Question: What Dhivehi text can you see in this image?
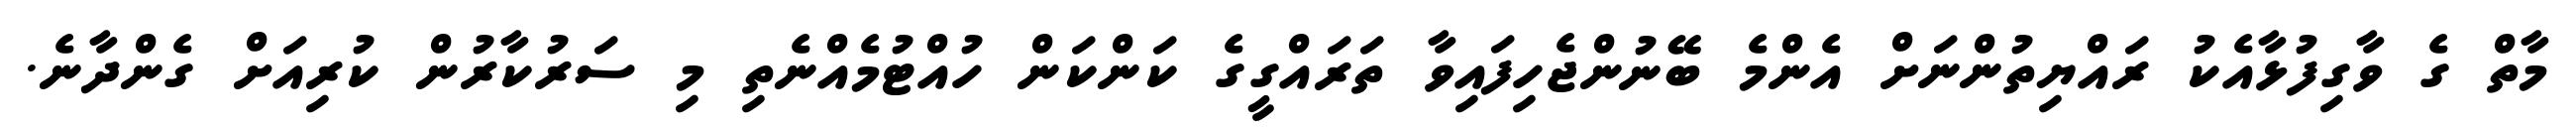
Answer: މާތް ގެ ވާގިފުޅާއެކު ރައްޔިތުންނަށް އެންމެ ބޭނުންޖެހިފައިވާ ތަރައްގީގެ ކަންކަން ހުއްޓުމެއްނެތި މި ސަރުކާރުން ކުރިއަށް ގެންދާނެ.